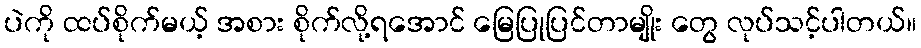
ပဲကို ထပ်စိုက်မယ့် အစား စိုက်လို့ရအောင် မြေပြုပြင်တာမျိုး တွေ လုပ်သင့်ပါတယ်။